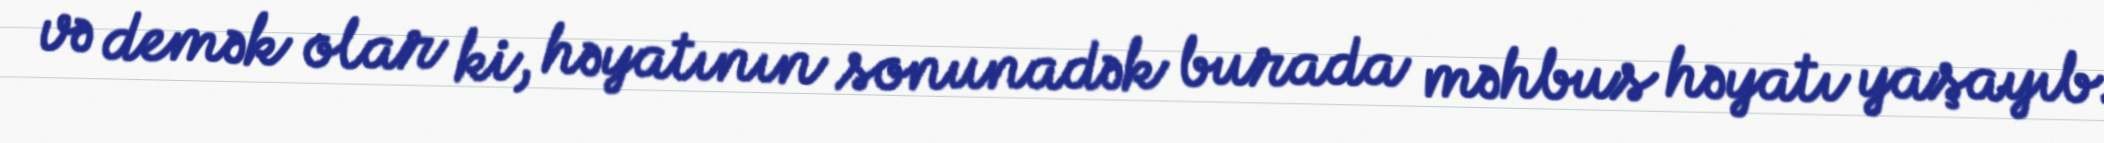
və demək olar ki, həyatının sonunadək burada məhbus həyatı yaşayıb.